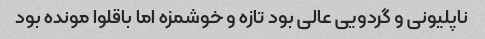
ناپلیونی و گردویی عالی بود تازه و خوشمزه اما باقلوا مونده بود